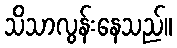
သိသာလွန်းနေသည်။